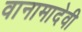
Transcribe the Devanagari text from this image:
वानामादेवी